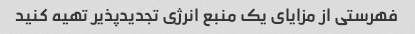
فهرستی از مزایای یک منبع انرژی تجدیدپذیر تهیه کنید